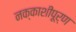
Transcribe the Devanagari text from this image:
नक्काशीपूर्ण